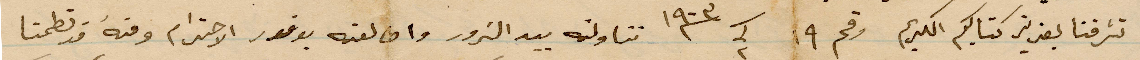
تشرفنا بعزيز كتابكم الكريم رقم ١۹ سنة ١۹٠۳ تناولته بيد الزور وان لفه بوفور الاحترام ومنه قد تطمنا